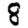
Digit: 8